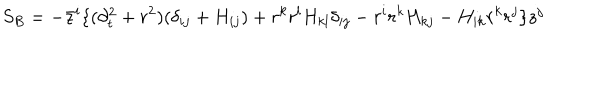
S _ { B } = - \bar { z } ^ { i } \{ ( \partial _ { t } ^ { 2 } + r ^ { 2 } ) ( \delta _ { i j } + H _ { i j } ) + r ^ { k } r ^ { l } H _ { k l } \delta _ { i j } - r ^ { i } r ^ { k } H _ { k j } - H _ { i k } r ^ { k } r ^ { j } \} z ^ { j }